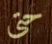
حتى